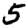
Digit: 5